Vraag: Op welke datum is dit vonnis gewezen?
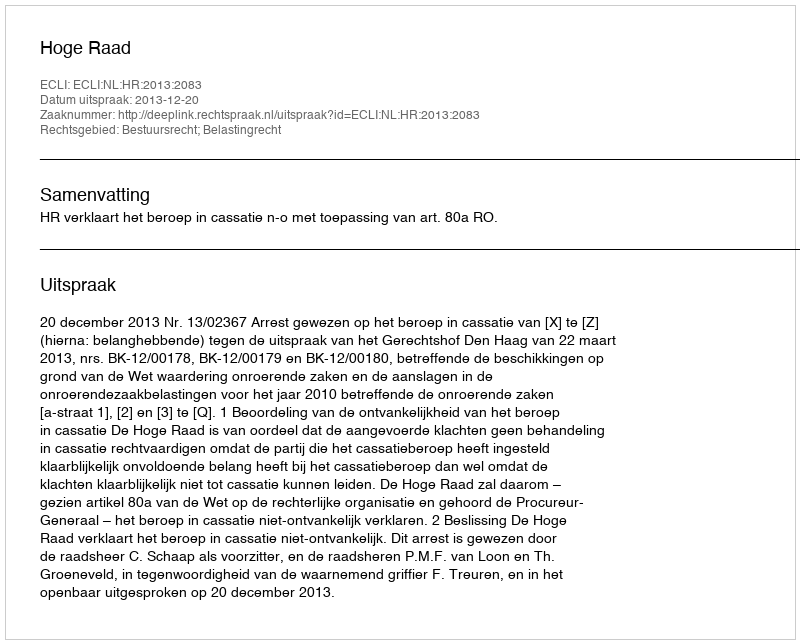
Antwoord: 2013-12-20